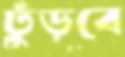
ঢুঁড়বে